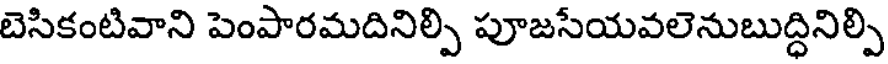
బెసికంటివాని పెంపారమదినిల్పి పూజసేయవలెనుబుద్ధినిల్పి